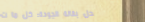
محل بقالة الجودة: كل ما ت